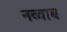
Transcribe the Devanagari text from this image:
नव्वाब